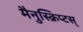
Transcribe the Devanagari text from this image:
मैनुस्क्रिप्टस्‌